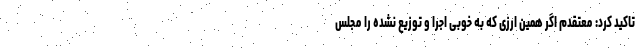
تاکید کرد: معتقدم اگر همین ارزی که به خوبی اجرا و توزیع نشده را مجلس